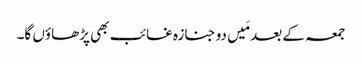
جمعہ کے بعد مَیں دو جنازہ غائب بھی پڑھاؤں گا۔